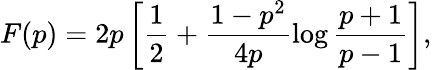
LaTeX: F(p)=2p\left[\frac{1}{2}+\frac{1-p^{2}}{4p}\log\frac{p+1}{p-1}\right],